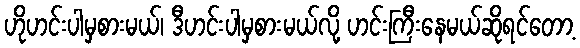
ဟိုဟင်းပါမှစားမယ်၊ ဒီဟင်းပါမှစားမယ်လို့ ဟင်းကြီးနေမယ်ဆိုရင်တော့